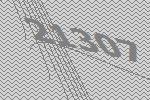
21307